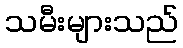
သမီးများသည်